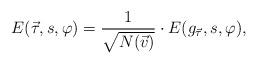
LaTeX: \begin{align*}E ( \vec{\tau} , s , \varphi ) = \frac{ 1}{ \sqrt{ N( \vec{v} ) } } \cdot E(g_{\vec{\tau} } ,s ,\varphi),\end{align*}